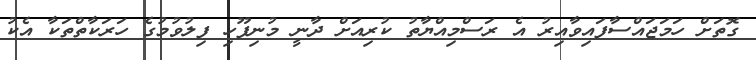
ގޮތަށް ހަމަޖައްސާފައިވާއިރު އެ ރަސްމިއްޔާތު ކުރިއަށް ދާނީ މުނިފޫހި ފިލުވުމުގެ ހަރަކާތްތަކާ އެކު